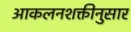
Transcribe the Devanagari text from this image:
आकलनशक्तीनुसार